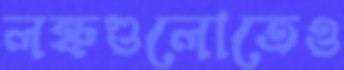
লঞ্চগুলোতেও